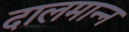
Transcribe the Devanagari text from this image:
दालमान्न